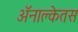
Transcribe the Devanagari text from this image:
अॅनाक्लेतस